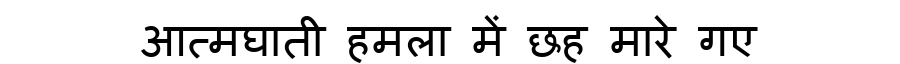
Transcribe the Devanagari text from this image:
आत्मघाती हमला में छह मारे गए